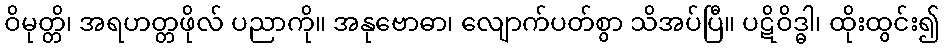
ဝိမုတ္တိ၊ အရဟတ္တဖိုလ် ပညာကို။ အနုဗောဓာ၊ လျောက်ပတ်စွာ သိအပ်ပြီ။ ပဋိဝိဒ္ဓါ၊ ထိုးထွင်း၍